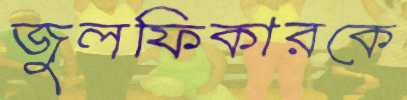
জুলফিকারকে